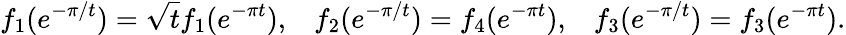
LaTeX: f_{1}(e^{-\pi/t})=\sqrt{t}f_{1}(e^{-\pi t}),\; \; \; f_{2}(e^{-\pi/t})=f_{4}(e^{-\pi t}),\; \; \; f_{3}(e^{-\pi/t})=f_{3}(e^{-\pi t}).